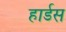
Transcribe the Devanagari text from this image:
हार्डस